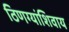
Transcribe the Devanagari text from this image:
ठिणग्यांशिवाय